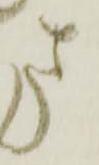
ま